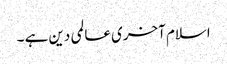
اسلام آخری عالمی دین ہے ۔